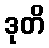
ဒုတိ